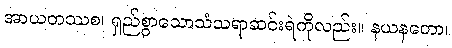
အာယတဿစ၊ ရှည်စွာသောသံသရာဆင်းရဲကိုလည်း။ နယနတော၊